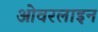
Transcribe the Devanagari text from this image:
ओवरलाइन